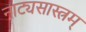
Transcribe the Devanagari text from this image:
नाट्यसास्त्रम्